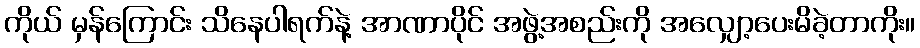
ကိုယ် မှန်ကြောင်း သိနေပါရက်နဲ့ အာဏာပိုင် အဖွဲ့အစည်းကို အလျှော့ပေးမိခဲ့တာကိုး။